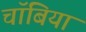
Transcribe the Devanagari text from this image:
चॉबियां